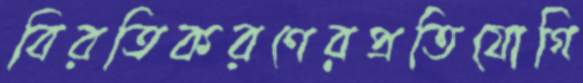
বিরতিকরণেরপ্রতিযোগি